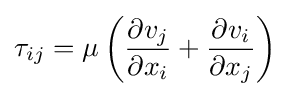
\tau _{ij}=\mu \left({\frac {\partial v_{j}}{\partial x_{i}}}+{\frac {\partial v_{i}}{\partial x_{j}}}\right)